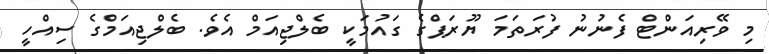
މި ވޭރިއަންޓް ފެނުނު ފުރަތަމަ ޔޫރަޕްގެ ގައުމަކީ ބެލްޖިއަމް އެވެ. ބެލްޖިއަމްގެ ސިއްހީ